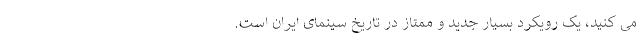
می ‌کنید، یک رویکرد بسیار جدید و ممتاز در تاریخ سینمای ایران است.